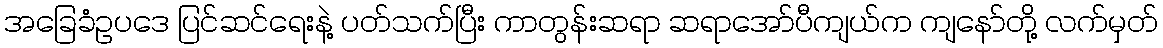
အခြေခံဥပဒေ ပြင်ဆင်ရေးနဲ့ ပတ်သက်ပြီး ကာတွန်းဆရာ ဆရာအော်ပီကျယ်က ကျနော်တို့ လက်မှတ်